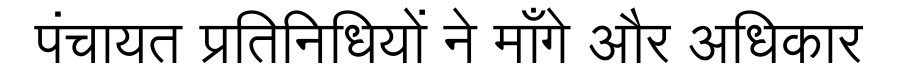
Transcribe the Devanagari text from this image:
पंचायत प्रतिनिधियों ने माँगे और अधिकार